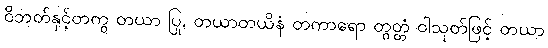
ဝိဘတ်နှင့်တကွ တယာ ပြု, တယာတယိနံ တကာရော တွတ္တံ ဝါသုတ်ဖြင့် တယာ